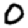
Digit: 0